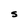
Character: S